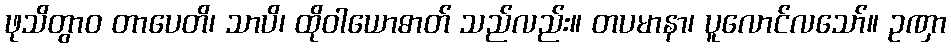
ဖုသိတွာဝ တာပေတိ၊ သာပိ၊ ထိုဝါယောဓာတ် သည်လည်း။ တပမာနာ၊ ပူလောင်လသော်။ ဥဏှာ